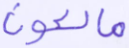
مالكون